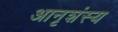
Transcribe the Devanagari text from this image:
आनृशंस्य